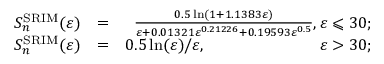
\begin{array} { r l r } { S _ { n } ^ { \mathrm { S R I M } } ( \varepsilon ) } & { = } & { \frac { 0 . 5 \ln ( 1 + 1 . 1 3 8 3 \varepsilon ) } { \varepsilon + 0 . 0 1 3 2 1 \varepsilon ^ { 0 . 2 1 2 2 6 } + 0 . 1 9 5 9 3 \varepsilon ^ { 0 . 5 } } , \varepsilon \leqslant 3 0 ; } \\ { S _ { n } ^ { \mathrm { S R I M } } ( \varepsilon ) } & { = } & { 0 . 5 \ln ( \varepsilon ) / \varepsilon , \phantom { 3 . 5 \ln ( \varepsilon ) / \varepsilon \ln ( \varepsilon ) } \varepsilon > 3 0 ; } \end{array}